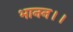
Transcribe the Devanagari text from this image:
भानन।।